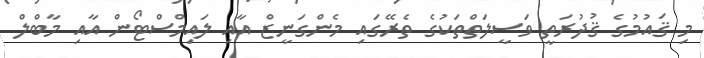
މި ޤައުމުގެ ޤުދުރަތީ ވަސީލަތްތަކުގެ ތެރޭގައި މެންގަނީޒް އާއި ލައިމްސްޓޯން އާއި މާބްލް